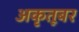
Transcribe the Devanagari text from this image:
अकृतूबर